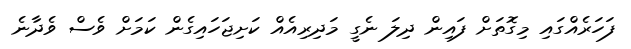
ފަހަރެއްގައި މިގޮތަށް ފައިން ދިލަ ނެގީ މަދިރިއެއް ކަށިޖަހައިގެން ކަމަށް ވެސް ވެދާނެ